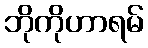
ဘိုကိုဟာရမ်